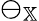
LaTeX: \ominus_{\mathbb{X}}